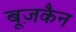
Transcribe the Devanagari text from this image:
बूज़कैन